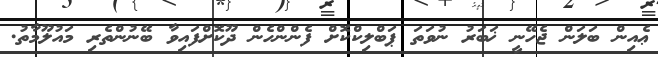
ޢެއިން ބަލަން ޖެހޭނީ ޚަބަރު ނުވަތަ ޕަބްލިކްކޮށް ފެންންހެން ދޫކޮށްފައިވާ ބޭނުންތެރި މައުލޫމާތު.